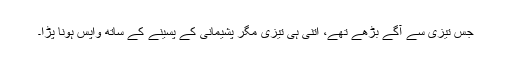
جس تیزی سے آگے بڑھے تھے، اتنی ہی تیزی مگر پشیمانی کے پسینے کے ساتھ واپس ہونا پڑا۔